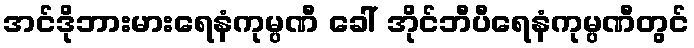
အင်ဒိုဘားမားရေနံကုမ္ပဏီ ခေါ် အိုင်ဘီပီရေနံကုမ္ပဏီတွင်